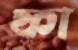
ফা